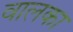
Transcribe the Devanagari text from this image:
वालका